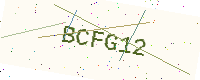
Text: BCFG12